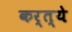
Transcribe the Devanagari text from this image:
कर्त्ये